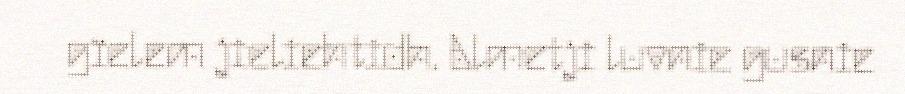
gïelem jieliehtidh. Almetji luvnie gusnie